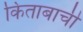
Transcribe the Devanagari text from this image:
किताबाची